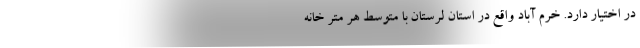
در اختیار دارد. خرم آباد واقع در استان لرستان با متوسط هر متر خانه